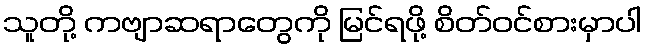
သူတို့ ကဗျာဆရာတွေကို မြင်ရဖို့ စိတ်ဝင်စားမှာပါ